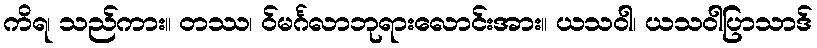
ကိရ၊ သည်ကား။ တဿ၊ ဝ်မင်္ဂလာဘုရားလောင်းအား။ ယသဝါ၊ ယသဝါပြာသာဒ်